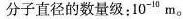
分子直径的数量级：10^{-10}m。